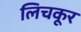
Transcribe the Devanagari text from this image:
लिचकूर